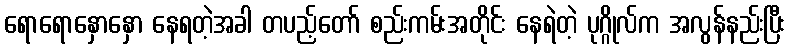
ရောရောနှောနှော နေရတဲ့အခါ တပည့်တော် စည်းကမ်းအတိုင်း နေရဲတဲ့ ပုဂ္ဂိုလ်က အလွန်နည်းပြီး